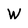
Character: W